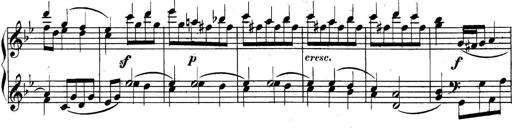
Title: Collected Piano Sonatas
Composer: Muzio Clementi